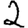
Digit: 2